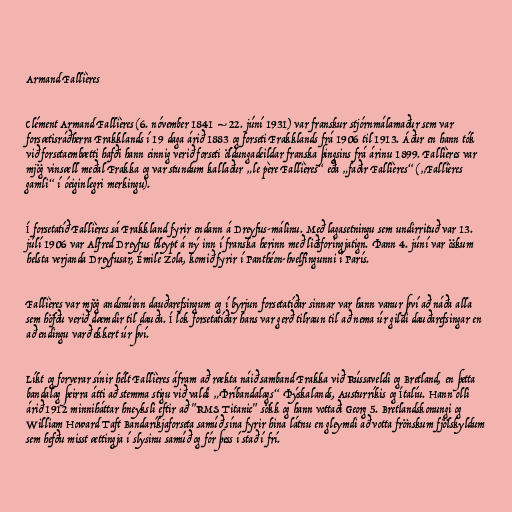
Armand Fallières

Clément Armand Fallières (6. nóvember 1841 – 22. júní 1931) var franskur stjórnmálamaður sem var
forsætisráðherra Frakklands í 19 daga árið 1883 og forseti Frakklands frá 1906 til 1913. Áður en hann tók
við forsetaembætti hafði hann einnig verið forseti öldungadeildar franska þingsins frá árinu 1899. Fallières var
mjög vinsæll meðal Frakka og var stundum kallaður „le père Fallières“ eða „faðir Fallières“ („Fallières
gamli“ í óeiginlegri merkingu).

Í forsetatíð Fallières sá Frakkland fyrir endann á Dreyfus-málinu. Með lagasetningu sem undirrituð var 13.
júlí 1906 var Alfred Dreyfus hleypt á ný inn í franska herinn með liðsforingjatign. Þann 4. júní var öskum
helsta verjanda Dreyfusar, Émile Zola, komið fyrir í Panthéon-hvelfingunni í París.

Fallières var mjög andsnúinn dauðarefsingum og í byrjun forsetatíðar sinnar var hann vanur því að náða alla
sem höfðu verið dæmdir til dauða. Í lok forsetatíðar hans var gerð tilraun til að nema úr gildi dauðarefsingar en
að endingu varð ekkert úr því.

Líkt og forverar sínir hélt Fallières áfram að rækta náið samband Frakka við Rússaveldi og Bretland, en þetta
bandalag þeirra átti að stemma stigu við valdi „Þríbandalags“ Þýskalands, Austurríkis og Ítalíu. Hann olli
árið 1912 minniháttar hneyksli eftir að "RMS Titanic" sökk og hann vottaði Georg 5. Bretlandskonungi og
William Howard Taft Bandaríkjaforseta samúð sína fyrir hina látnu en gleymdi að votta frönskum fjölskyldum
sem hefðu misst ættingja í slysinu samúð og fór þess í stað í frí.